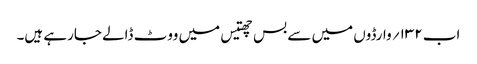
اب ۱۳۲؍ وارڈوں میں سے بس چھتیس میں ووٹ ڈالے جارہے ہیں۔